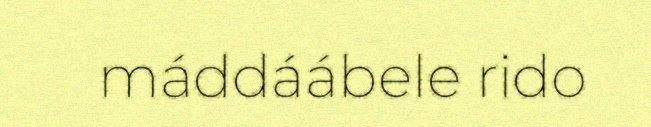
máddáábele rido